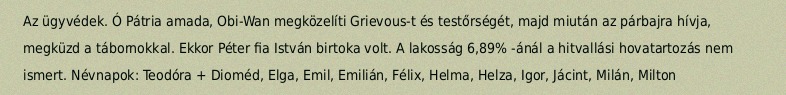
Az ügyvédek. Ó Pátria amada, Obi-Wan megközelíti Grievous-t és testőrségét, majd miután az párbajra hívja, megküzd a tábornokkal. Ekkor Péter fia István birtoka volt. A lakosság 6,89% -ánál a hitvallási hovatartozás nem ismert. Névnapok: Teodóra + Dioméd, Elga, Emil, Emilián, Félix, Helma, Helza, Igor, Jácint, Milán, Milton